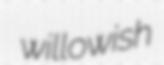
willowish